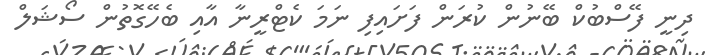
ދިނީ ފޭސްބުކް ބޭނުން ކުރަން ފަށައިފި ނަމަ ކެޓްރީނާ އާއި ބެހޭގޮތުން ސޯޝަލް